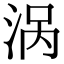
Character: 涡